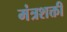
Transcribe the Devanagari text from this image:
मंत्रशक्ती